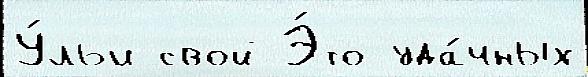
У́льи свой Э́то уда́чных